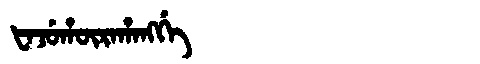
Manchu: ᡶᠠᠵᡠᡥᡡᡵᠠᡥᠠᠩᡤᡝ
Romanization: FAJUHŪRAHANGGE